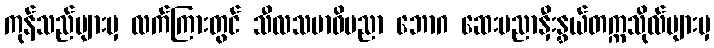
ကုန်သည်များမှ လက်ကြားတွင် သီလသမာဓိပညာ ဘောဂ ဆေးပညာနှီးနွှယ်တက္ကသိုလ်များမှ